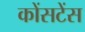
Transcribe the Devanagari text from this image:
कोंसटेंस